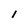
Character: 1